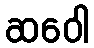
ဆဝေါ